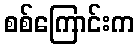
စစ်ကြောင်းက